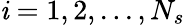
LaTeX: \mathit{i}=1,2,...,N_{s}